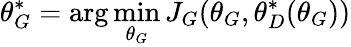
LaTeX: \theta_{G}^{*}=\arg\operatorname*{min}_{\theta_{G}}J_{G}(\theta_{G},\theta_{D}^{*}(\theta_{G}))